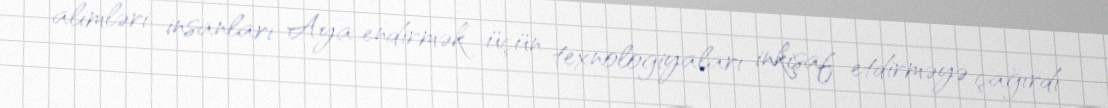
alimləri insanları Aya endirmək üçün texnologiyaları inkişaf etdirməyə çağırdı